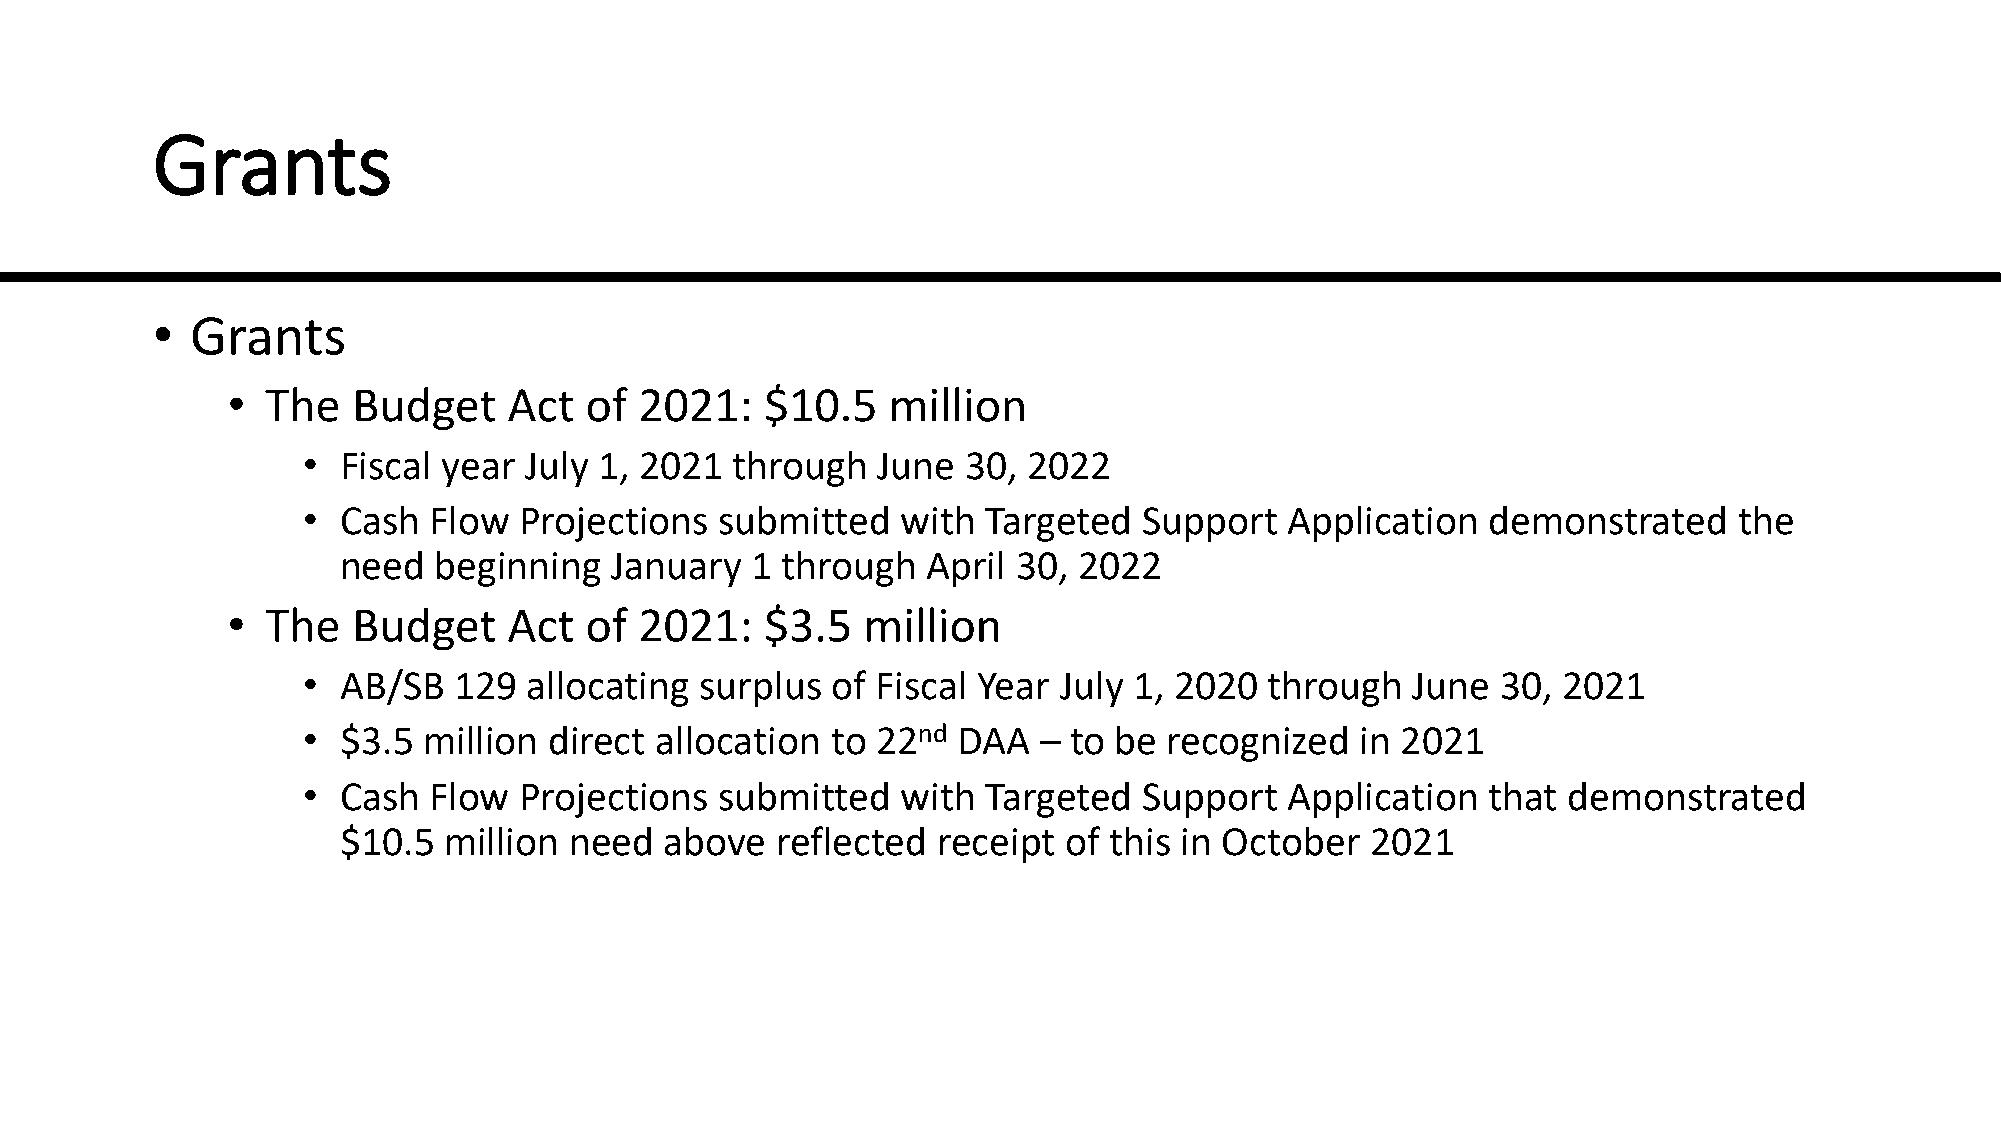
Grants
 •  Grants
 •  The  Budget     Act  of 2021:    $10.5   million
 •  Fiscal year July 1, 2021 through   June  30, 2022
 •  Cash Flow  Projections   submitted   with Targeted   Support  Application   demonstrated    the
 need  beginning  January   1 through  April 30, 2022
 •  The  Budget     Act  of 2021:    $3.5  million
 •  AB/SB  129  allocating surplus  of Fiscal Year July 1, 2020  through  June  30, 2021
 •  $3.5 million direct allocation  to 22nd DAA   – to be recognized   in 2021
 •  Cash Flow  Projections   submitted   with Targeted   Support  Application   that demonstrated
 $10.5 million  need  above  reflected  receipt  of this in October  2021